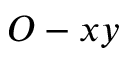
O - x y